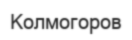
Колмогоров